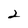
Character: 2